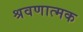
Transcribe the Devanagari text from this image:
श्रवणात्मक